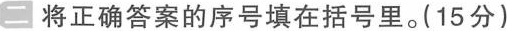
二 将正确答案的序号填在括号里。(15分)